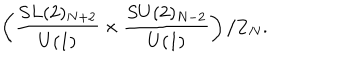
\left( \frac { S L ( 2 ) _ { N + 2 } } { U ( 1 ) } \times \frac { S U ( 2 ) _ { N - 2 } } { U ( 1 ) } \right) / { \bf Z } _ { N } .